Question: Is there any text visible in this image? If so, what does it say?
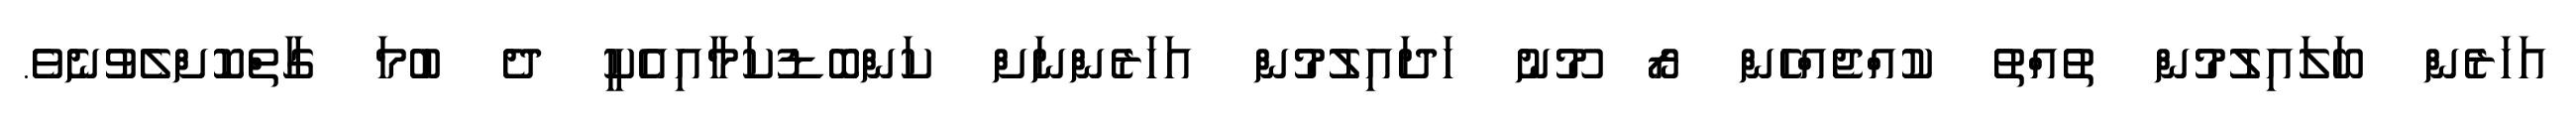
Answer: އަހަރެން ބަލައިލުމުން ތުއްތު ކުއްޖެއްހެން ރޯ މޫނު ހަދައިލުމުން އަހަރެންނަށް ކަންބޮޑުކަމާއިއެކީ ދެ ބުމަ ގާތްކޮށްލެވުނެވެ.